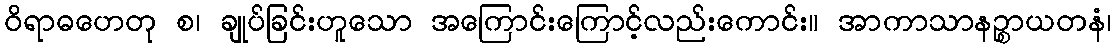
ဝိရာဓဟေတု စ၊ ချုပ်ခြင်းဟူသော အကြောင်းကြောင့်လည်းကောင်း။ အာကာသာနဉ္စာယတနံ၊